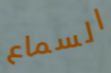
السماع